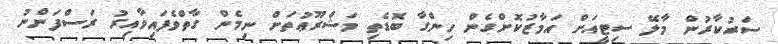
ސަރުކާރުން މާލޭ ސިޓީއަށް އަމާޒުކޮށްގެން ހިންގާ ބޮޑެތި މަޝްރޫޢުތަށް ނިމެން ގާތްވެފައިވާއިރު ރަސްފަންނު